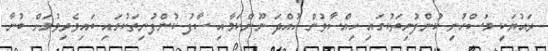
ރައުޔަކީ މަސްހުނި ކުންފުނިތަކުގައި ހިއްސާވުން ހުއްދަ ނޫންކަމާއި ސާފު ކުންފުނިތަކުގައި ބައިވެރިވުމަށް ބުނާ